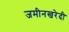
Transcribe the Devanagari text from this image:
जमीनखरेदी